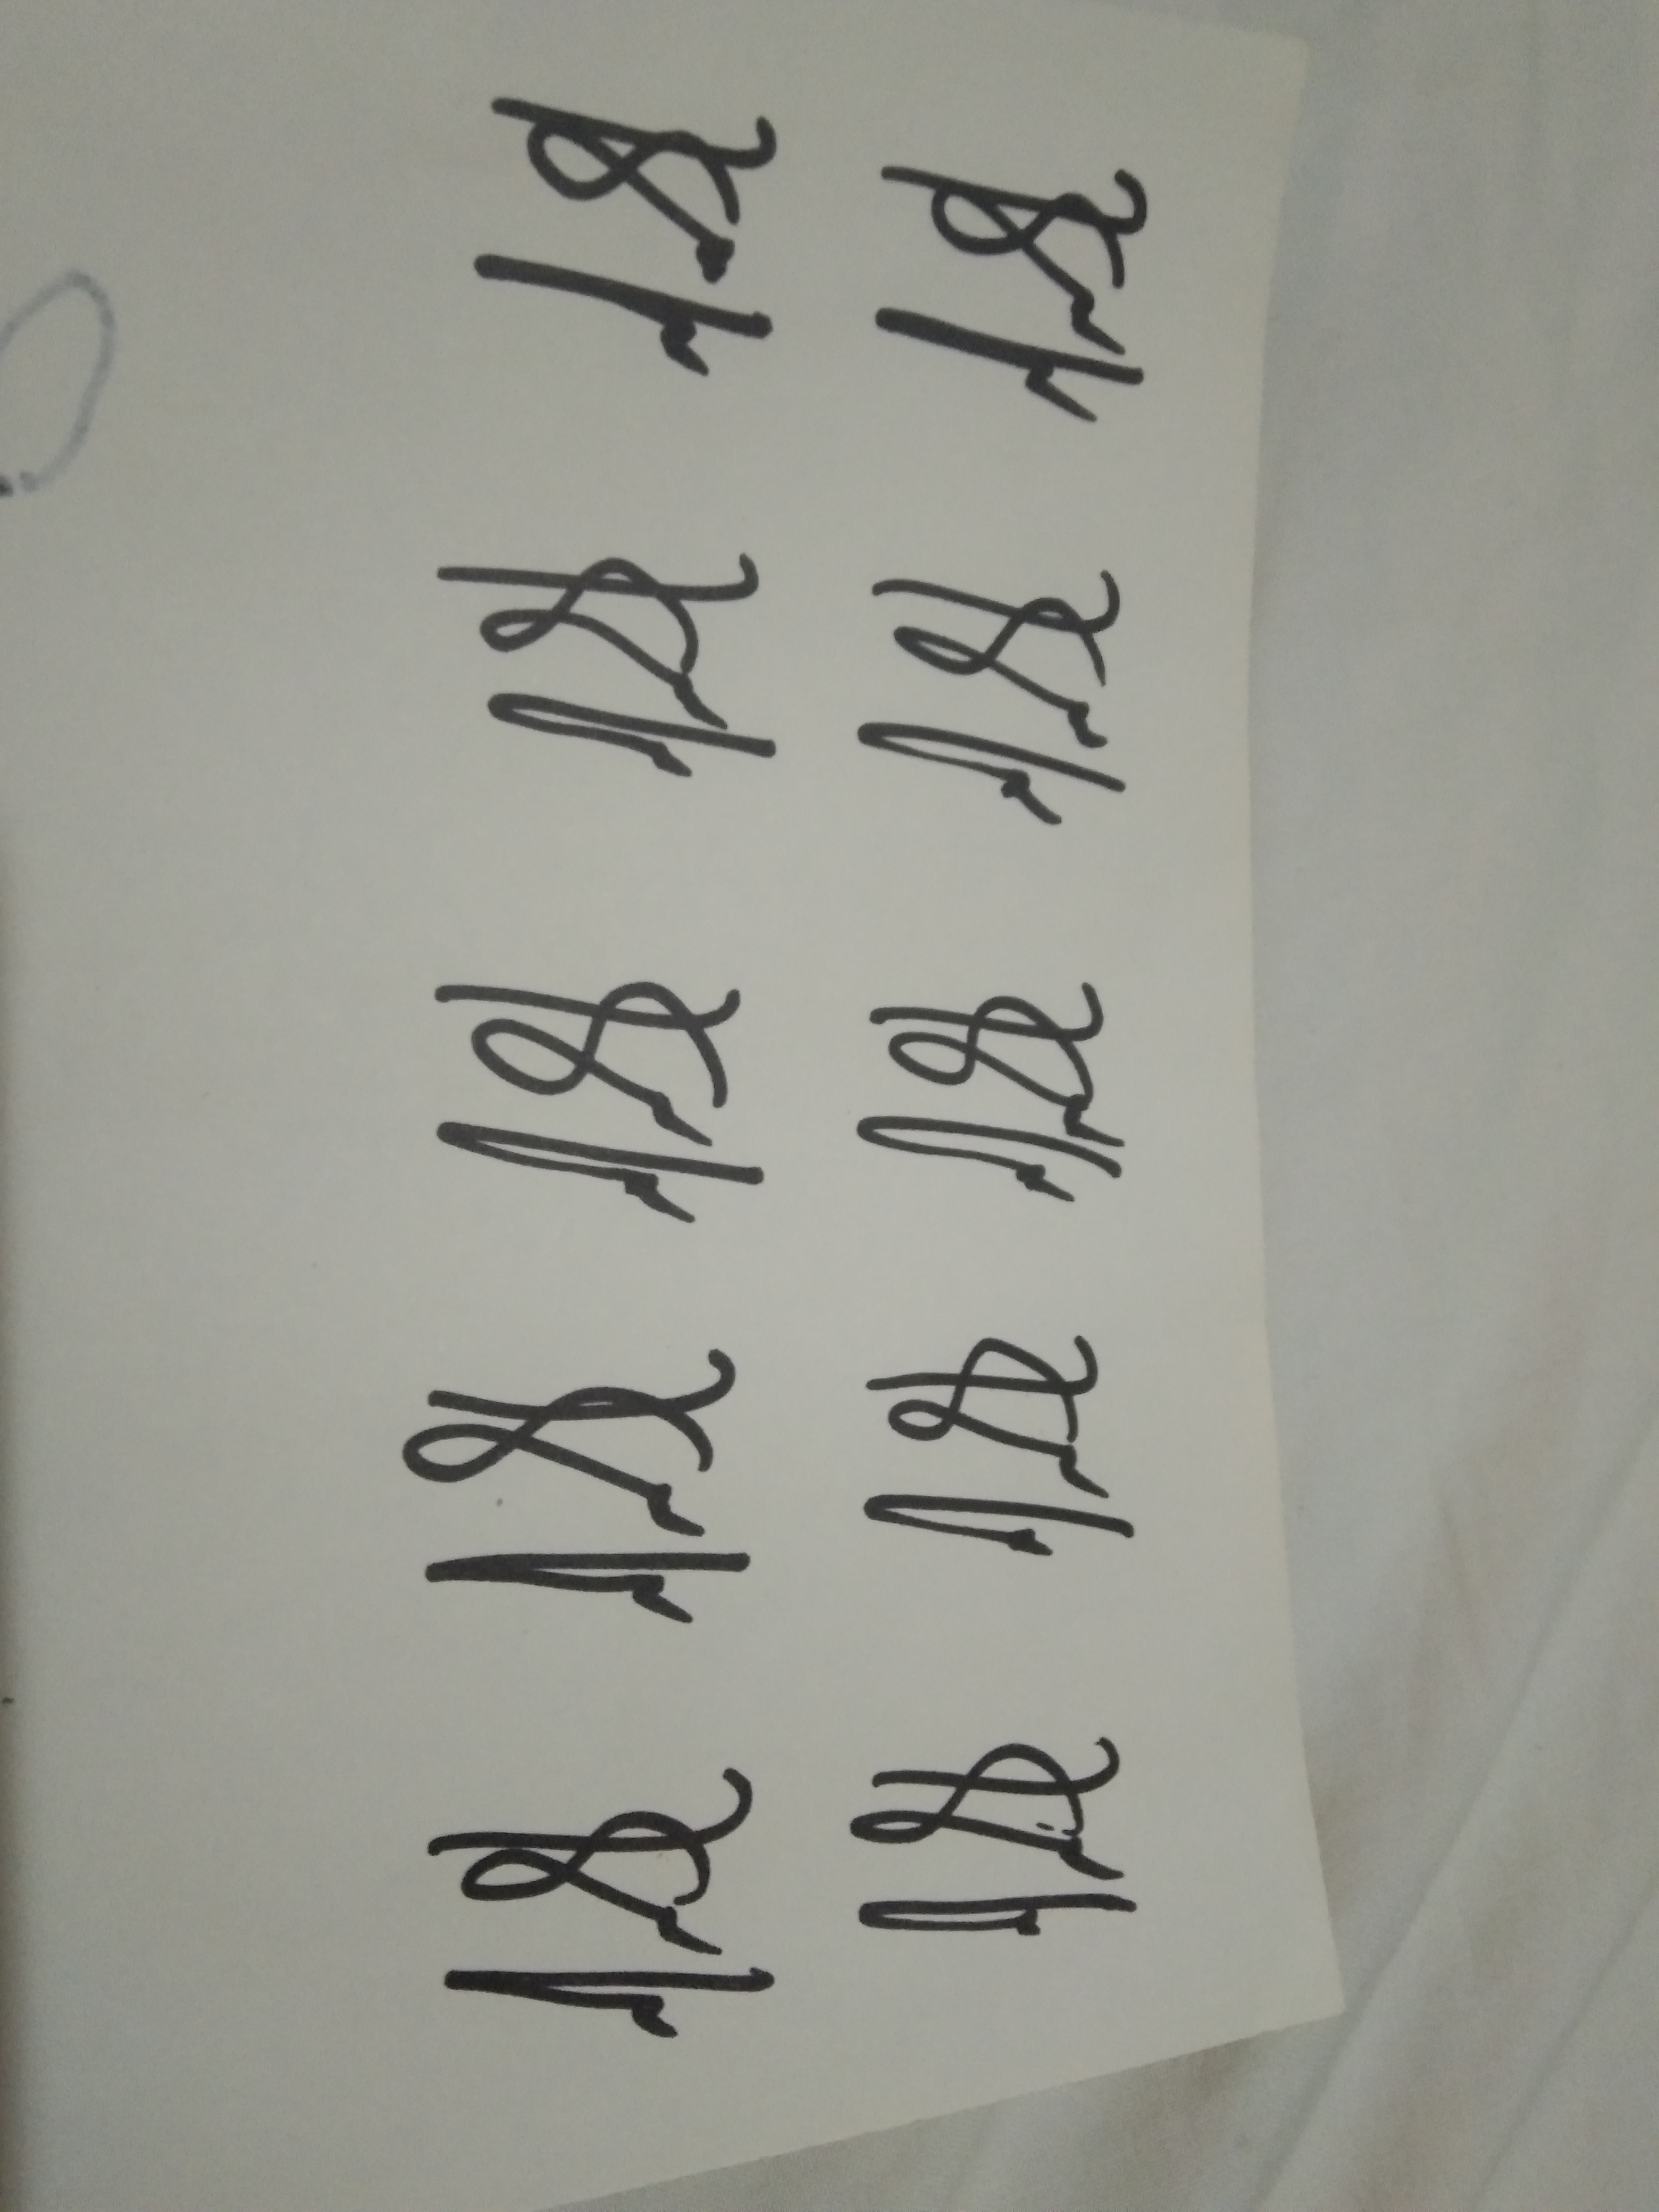
Signature authenticity: genuine